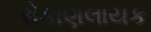
રોકાણલાયક